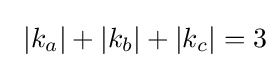
\ |k_{a}|+|k_{b}|+|k_{c}|=3